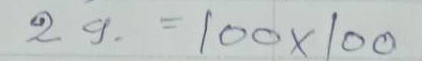
29 = 100 x 100